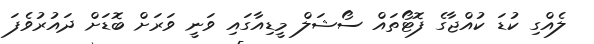
ލެއްގި ކުޑަ ކުއްޖާގެ ފޮޓޯތައް ސޯޝަލް މީޑިއާގައި ވަނީ ވަރަށް ބޮޑަށް ދައުރުވެފަ